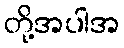
တို့အပါအ